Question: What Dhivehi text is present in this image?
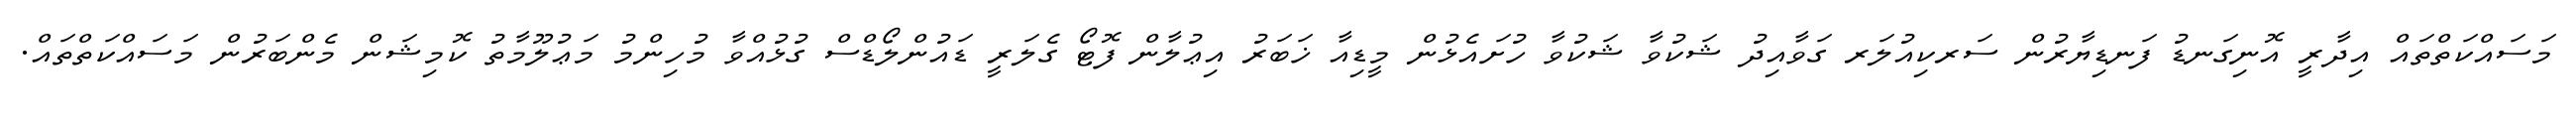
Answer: މަސައްކަތްތައް އިދާރީ އޮނިގަނޑު ފަނޑިޔާރުން ސަރކިއުލަރ ގަވާއިދު ޝަކުވާ ޝަކުވާ ހުށައެޅުން މީޑިއާ ޚަބަރު އިޢުލާން ފޮޓޯ ގެލަރީ ޑައުންލޯޑްސް ގުޅުއްވާ މުހިންމު މަޢުލޫމާތު ކޮމިޝަން މެންބަރުން މަސައްކަތްތައް.